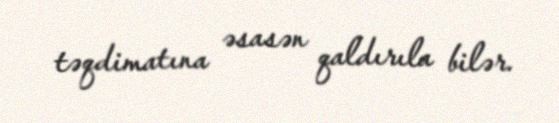
təqdimatına əsasən qaldırıla bilər.